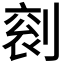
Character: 𠞬